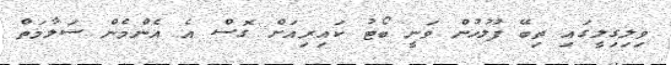
ވިލިގިލީގައި ތިބޭ ފުލުހުން ވަނީ ބޯޓު ކައިރިއަށް ގޮސް އެ އެންމެން ސަލާމަތް